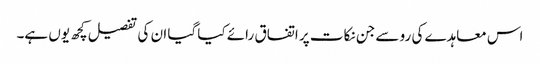
اس معاہدے کی رو سے جن نکات پر اتفاق رائے کیا گیا ان کی تفصیل کچھ یوں ہے۔